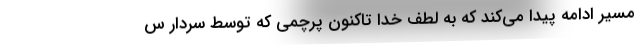
مسیر ادامه پیدا می‌کند که به لطف خدا تاکنون پرچمی که توسط سردار س